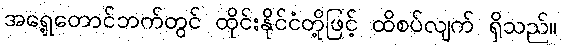
အရှေ့တောင်ဘက်တွင် ထိုင်းနိုင်ငံတို့ဖြင့် ထိစပ်လျက် ရှိသည်။